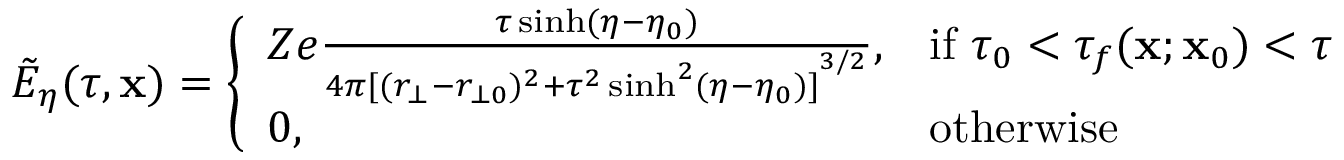
\tilde { E } _ { \eta } ( \tau , \mathbf { x } ) = \left\{ \begin{array} { l l } { Z e \frac { \tau \sinh ( \eta - \eta _ { 0 } ) } { 4 \pi { [ ( r _ { \bot } - r _ { \bot 0 } ) ^ { 2 } + \tau ^ { 2 } \sinh ^ { 2 } ( \eta - \eta _ { 0 } ) ] } ^ { 3 / 2 } } , } & { \mathrm { i f ~ } \tau _ { 0 } < \tau _ { f } ( \mathbf { x } ; \mathbf { x } _ { 0 } ) < \tau } \\ { 0 , } & { \mathrm { o t h e r w i s e } } \end{array} \right.